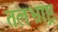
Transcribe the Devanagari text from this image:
तलभ्राष्ट्र